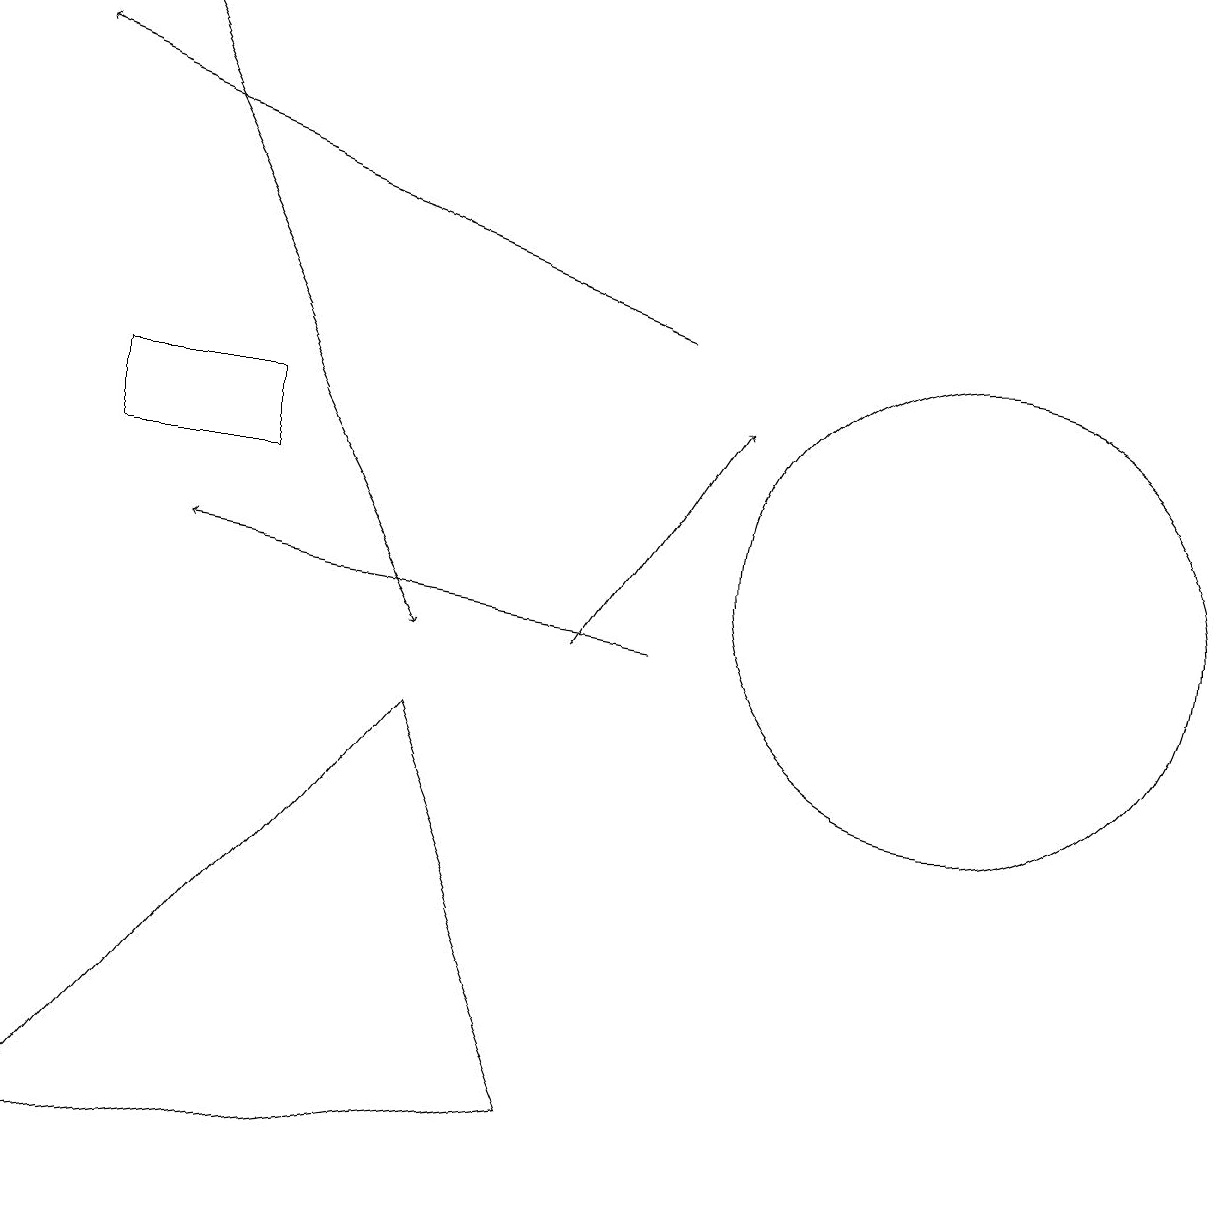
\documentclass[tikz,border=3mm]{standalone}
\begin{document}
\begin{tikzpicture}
\draw (12,11) circle (3);
\draw[->] (8,14) -- (0,17);
\draw (1,13) rectangle (3,12);
\draw (0,3) -- (5,9) -- (7,4) -- cycle;
\draw[->] (7,10) -- (9,13);
\draw[->] (1,18) -- (5,10);
\draw (10,11) circle (0);
\draw[->] (8,10) -- (2,11);
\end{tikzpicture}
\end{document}